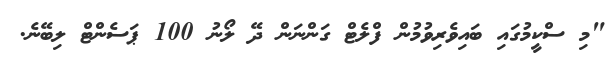
"މި ސްކީމުގައި ބައިވެރިވުމުން ފްލެޓް ގަންނަން ދޭ ލޯނު 100 ޕަސެންޓް ލިބޭނެ.